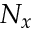
N _ { x }